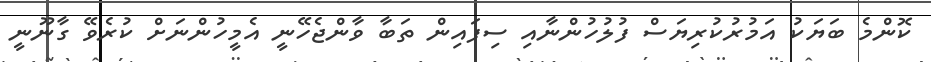
ކޮންމެ ބަޔަކު އަމުރުކުރިޔަސް ފުލުހުންނާއި ސިފައިން ތަބާ ވާންޖެހޭނީ އެމީހުންނަށް ކުރެވޭ ގާނޫނީ